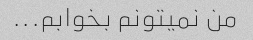
من نمیتونم بخوابم...